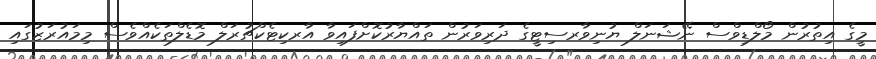
މީގެ އިތުރުން މޯލްޑިވްސް ނޭޝަނަލް ޔުނިވާރސިޓީގެ ދަރިވަރުން ތައްޔާރުކޮށްފައިވާ އާރކިޓެކްޗުރަލް މޮޑެލްތަކެއްވެސް މިމައުރަޒުގައި